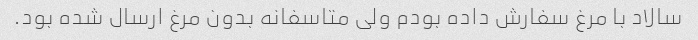
سالاد با مرغ سفارش داده بودم ولی متاسفانه بدون مرغ ارسال شده بود.